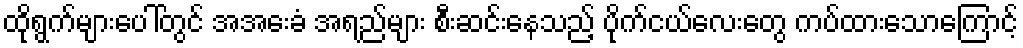
ထိုရွက်များပေါ်တွင် အအေးခံ အရည်များ စီးဆင်းနေသည့် ပိုက်ငယ်လေးတွေ ကပ်ထားသောကြောင့်